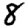
Digit: 8